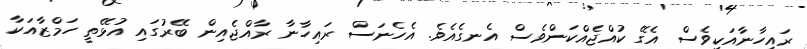
ރައިހާނާއަކީވެސް އެގޭ ކުއްޖެއްކަންވެސް އެނގެއެވެ. އެހެނަސް ރައިހާނާ ރާއްޖެއިން ބޭރުގައި އުޅޭތީ ހަމްޒާއަކާ